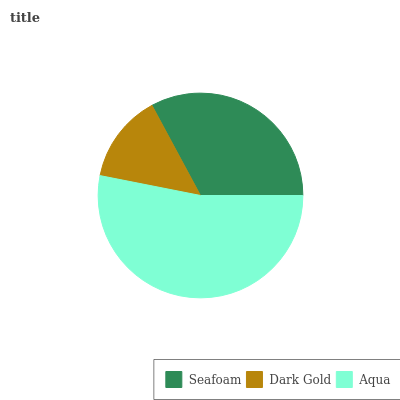
| Seafoam | Dark Gold | Aqua |
 | --- | --- | --- |
 | 32.8% | 14% | 53.2% |